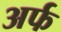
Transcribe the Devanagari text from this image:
अर्फ